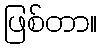
ဖြစ်တာ။